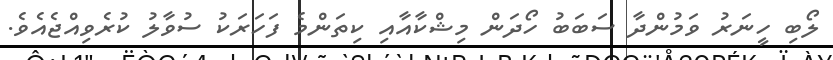
ލޯބި ހީނަރު ވަމުންދާ ސަބަބު ހޯދަން މިޝްކާއާއި ކިތަންމެ ފަހަރަކު ސުވާލު ކުރެވިއްޖެއެވެ.